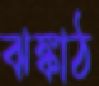
ঝঙ্কাঠ